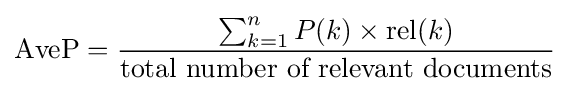
\operatorname {AveP} ={\frac {\sum _{k=1}^{n}P(k)\times \operatorname {rel} (k)}{\mbox{total number of relevant documents}}}\!